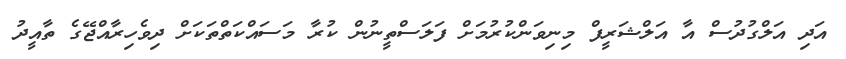
އަދި އަލްގުދުސް އާ އަލްޝަރީފް މިނިވަންކުރުމަށް ފަލަސްތީނުން ކުރާ މަސައްކަތްތަކަށް ދިވެހިރާއްޖޭގެ ތާއީދު